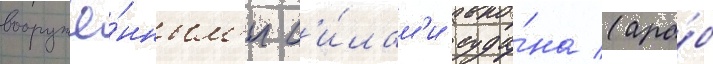
вооружё́нным'и с'и́лам'и суда́на (ара́б